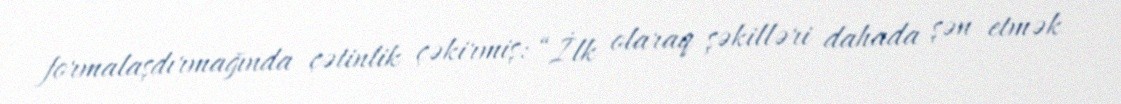
formalaşdırmağında çətinlik çəkirmiş: “İlk olaraq şəkilləri dahada şən etmək